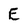
Character: E